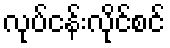
လုပ်ငန်းလိုင်စင်